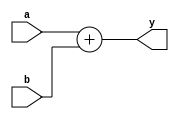
module adder_internal(
input [7:0]a,
input [2:0]b,
output [7:0]y
    );
assign y=a+({{5{2'b0}},b});

endmodule